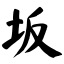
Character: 坂